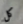
كل